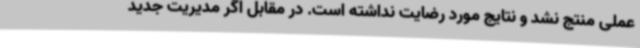
عملی منتج نشد و نتایج مورد رضایت نداشته است. در مقابل اگر مدیریت جدید